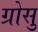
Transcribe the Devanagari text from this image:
ग्रोसु